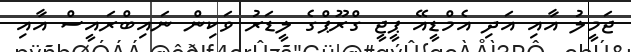
ޖަމީލު އާއި އަދި އެމްޑީއޭ ޕީޖީ ގްރޫޕްގެ ލީޑަރު ވަކިން ނައިބްރައީސް އާއި